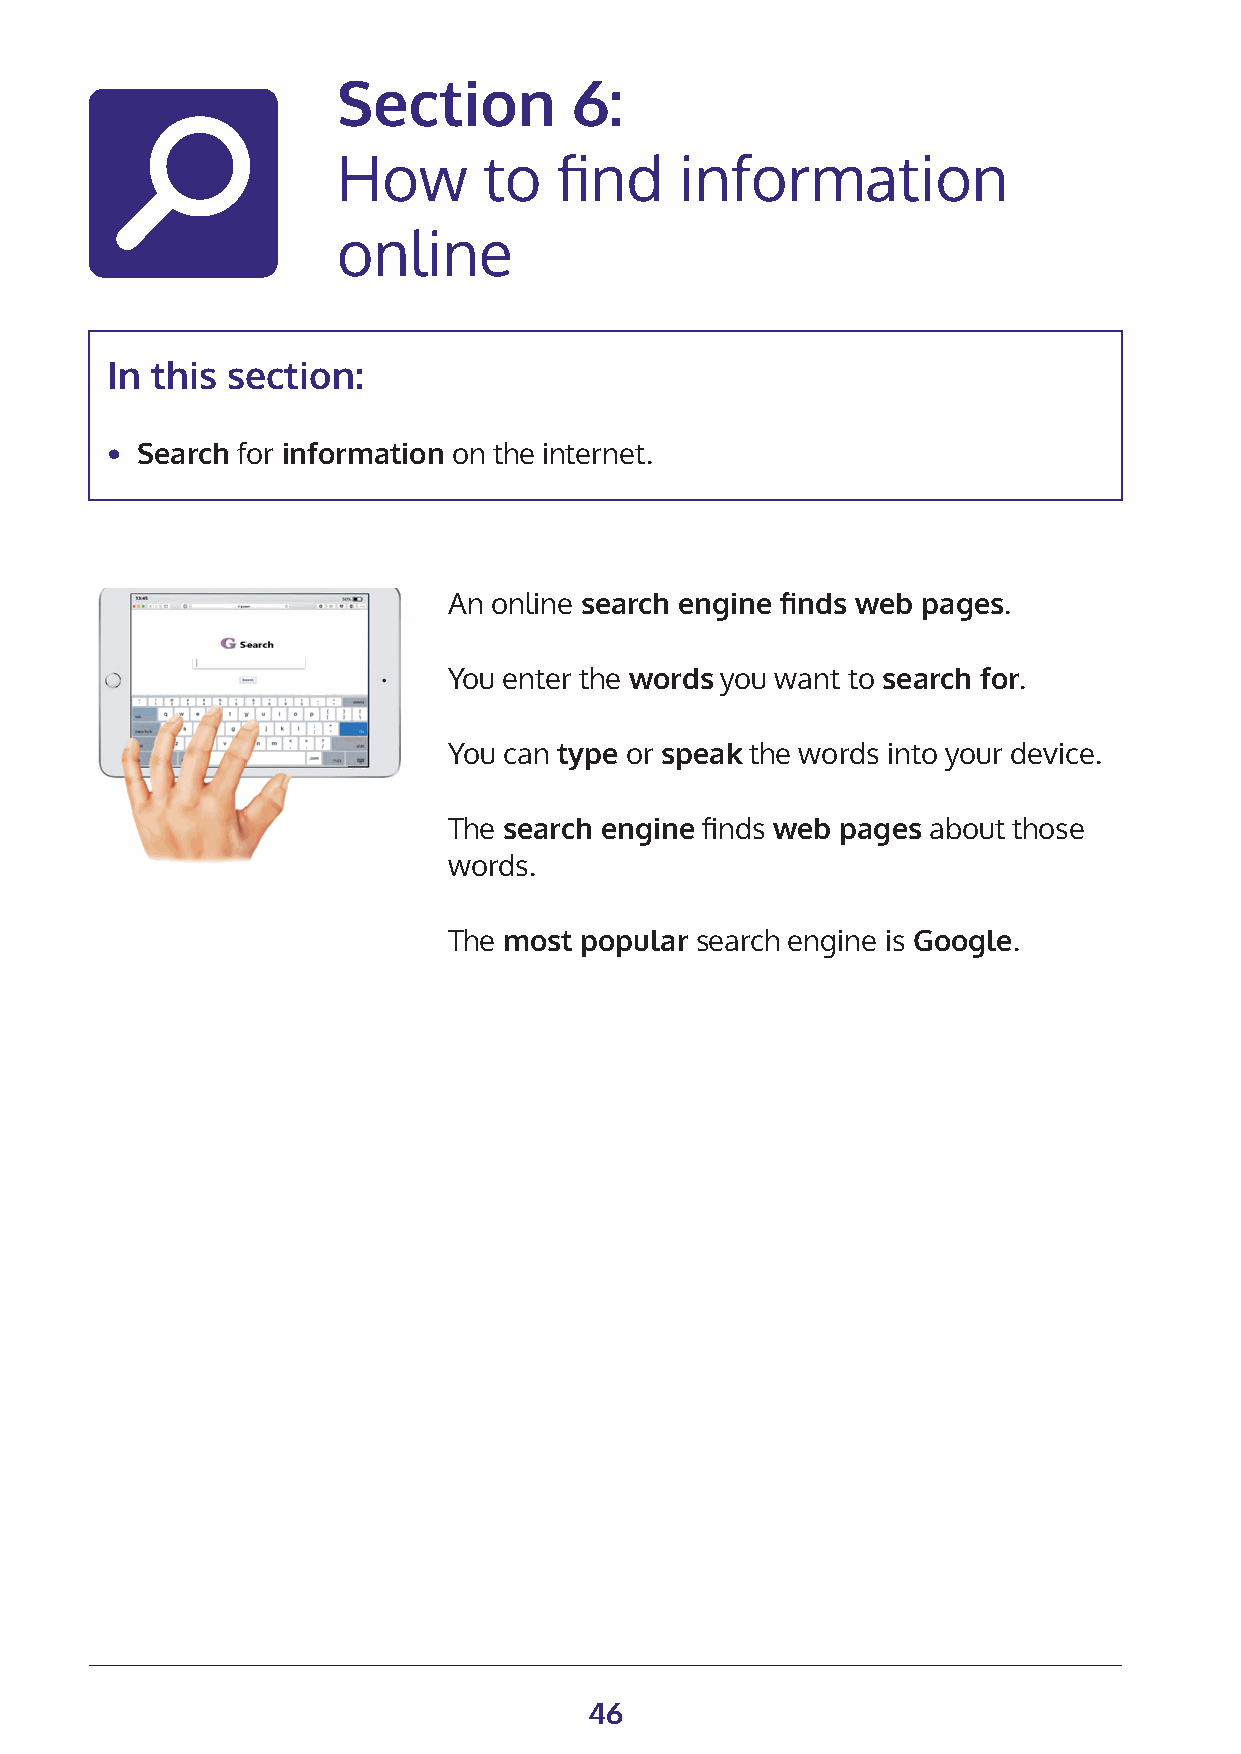
Section         6:
 How       to   find    information
 online
 In this section:
 • Search for information on the internet.
 An online search engine finds web pages.
 You enter the words you want to search for.
 You can type or speak the words into your device.
 The search engine finds web pages about those
 words.
 The most popular search engine is Google.
 46